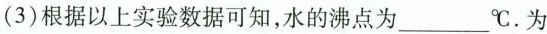
(3)根据以上实验数据可知，水的沸点为___℃。为